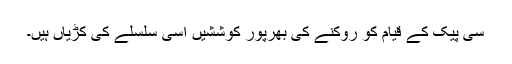
سی پیک کے قیام کو روکنے کی بھرپور کوششیں اسی سلسلے کی کڑیاں ہیں۔